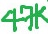
Text: 47K